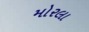
મોરલા